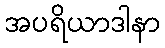
အပရိယာဒါနာ